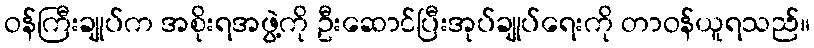
ဝန်ကြီးချုပ်က အစိုးရအဖွဲ့ကို ဦးဆောင်ပြီးအုပ်ချုပ်ရေးကို တာဝန်ယူရသည်။